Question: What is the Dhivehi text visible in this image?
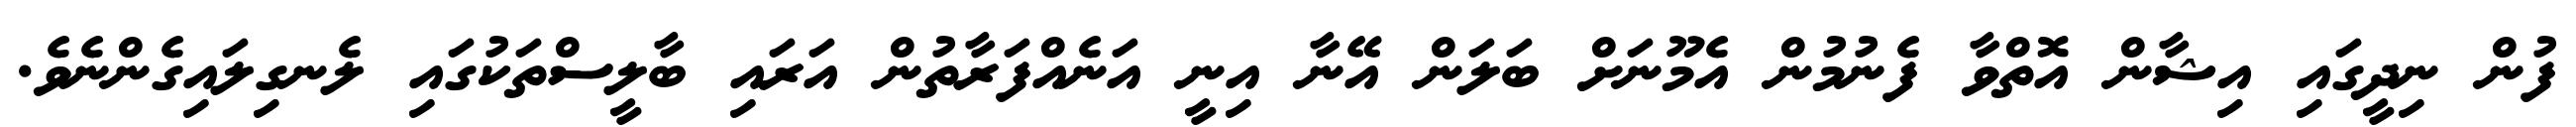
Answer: ފުން ނިދީގައި އިޝާން އޮތްވާ ފެނުމުން އެމޫނަށް ބަލަން އޭނާ އިނީ އަނެއްފަރާތުން އަރައި ބާލީސްތަކުގައި ލެނގިލައިގެންނެވެ.